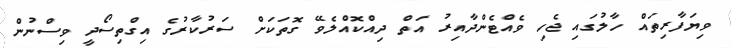
ވިޔަފާރިތައް ހާލުގައި ޖެހި ވެއްޓެންދާއިރު އަތް ދިއްކޮއްލެވޭ ގޮތަކަށް ސަރުކާރުގެ އިގްތިސޯދީ ވިސްނުން